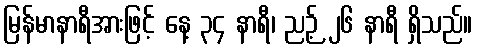
မြန်မာနာရီအားဖြင့် နေ့ ၃၄ နာရီ၊ ညဉ့် ၂၆ နာရီ ရှိသည်။